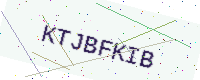
Text: KTJBFKIB